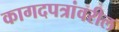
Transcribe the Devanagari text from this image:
कागदपत्रांवरील